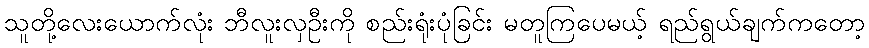
သူတို့လေးယောက်လုံး ဘီလူးလှဦးကို စည်းရုံးပုံခြင်း မတူကြပေမယ့် ရည်ရွယ်ချက်ကတော့